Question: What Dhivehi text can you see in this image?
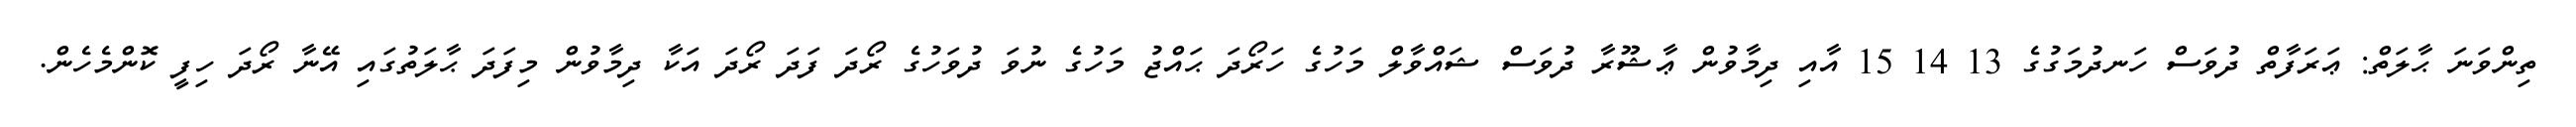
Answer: ތިންވަނަ ޙާލަތް: ޢަރަފާތް ދުވަސް ހަނދުމަގުގެ 13 14 15 އާއި ދިމާވުން ޢާޝޫރާ ދުވަސް ޝައްވާލް މަހުގެ ހަރޯދަ ޙައްޖު މަހުގެ ނުވަ ދުވަހުގެ ރޯދަ ފަދަ ރޯދަ އަކާ ދިމާވުން މިފަދަ ޙާލަތުގައި އޭނާ ރޯދަ ހިފީ ކޮންމެހެން.